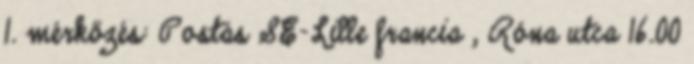
1. mérkőzés: Postás SE-Lille francia , Róna utca 16.00